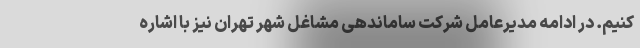
کنیم. در ادامه مدیرعامل شرکت ساماندهی مشاغل شهر تهران نیز با اشاره